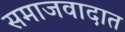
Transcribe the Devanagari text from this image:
समाजवादात